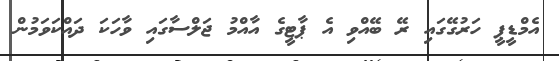
އެމްޑީޕީ ހަރުގޭގައި ރޭ ބޭއްވި އެ ޕާޓީގެ އާއްމު ޖަލްސާގައި ވާހަކަ ދައްކަވަމުން